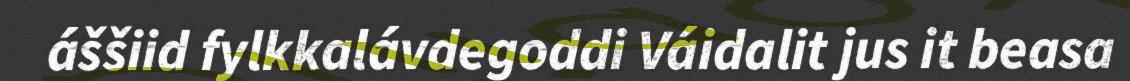
áššiid fylkkalávdegoddi Váidalit jus it beasa